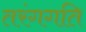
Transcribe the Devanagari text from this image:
तरंगगति